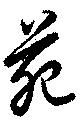
苑